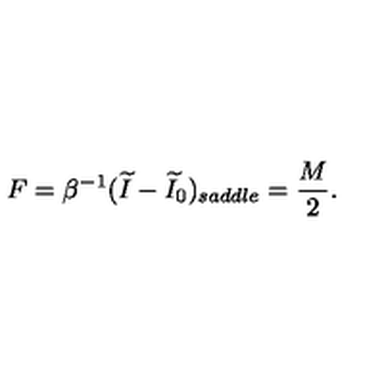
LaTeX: F = \beta ^ { - 1 } ( \widetilde I - \widetilde I _ { 0 } ) _ { s a d d l e } = { \frac { M } { 2 } } .